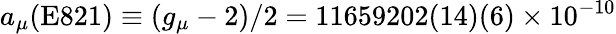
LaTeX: a_{\mu}(\mathrm{E821})\equiv(g_{\mu}-2)/2=11659202(14)(6)\times 10^{-10}